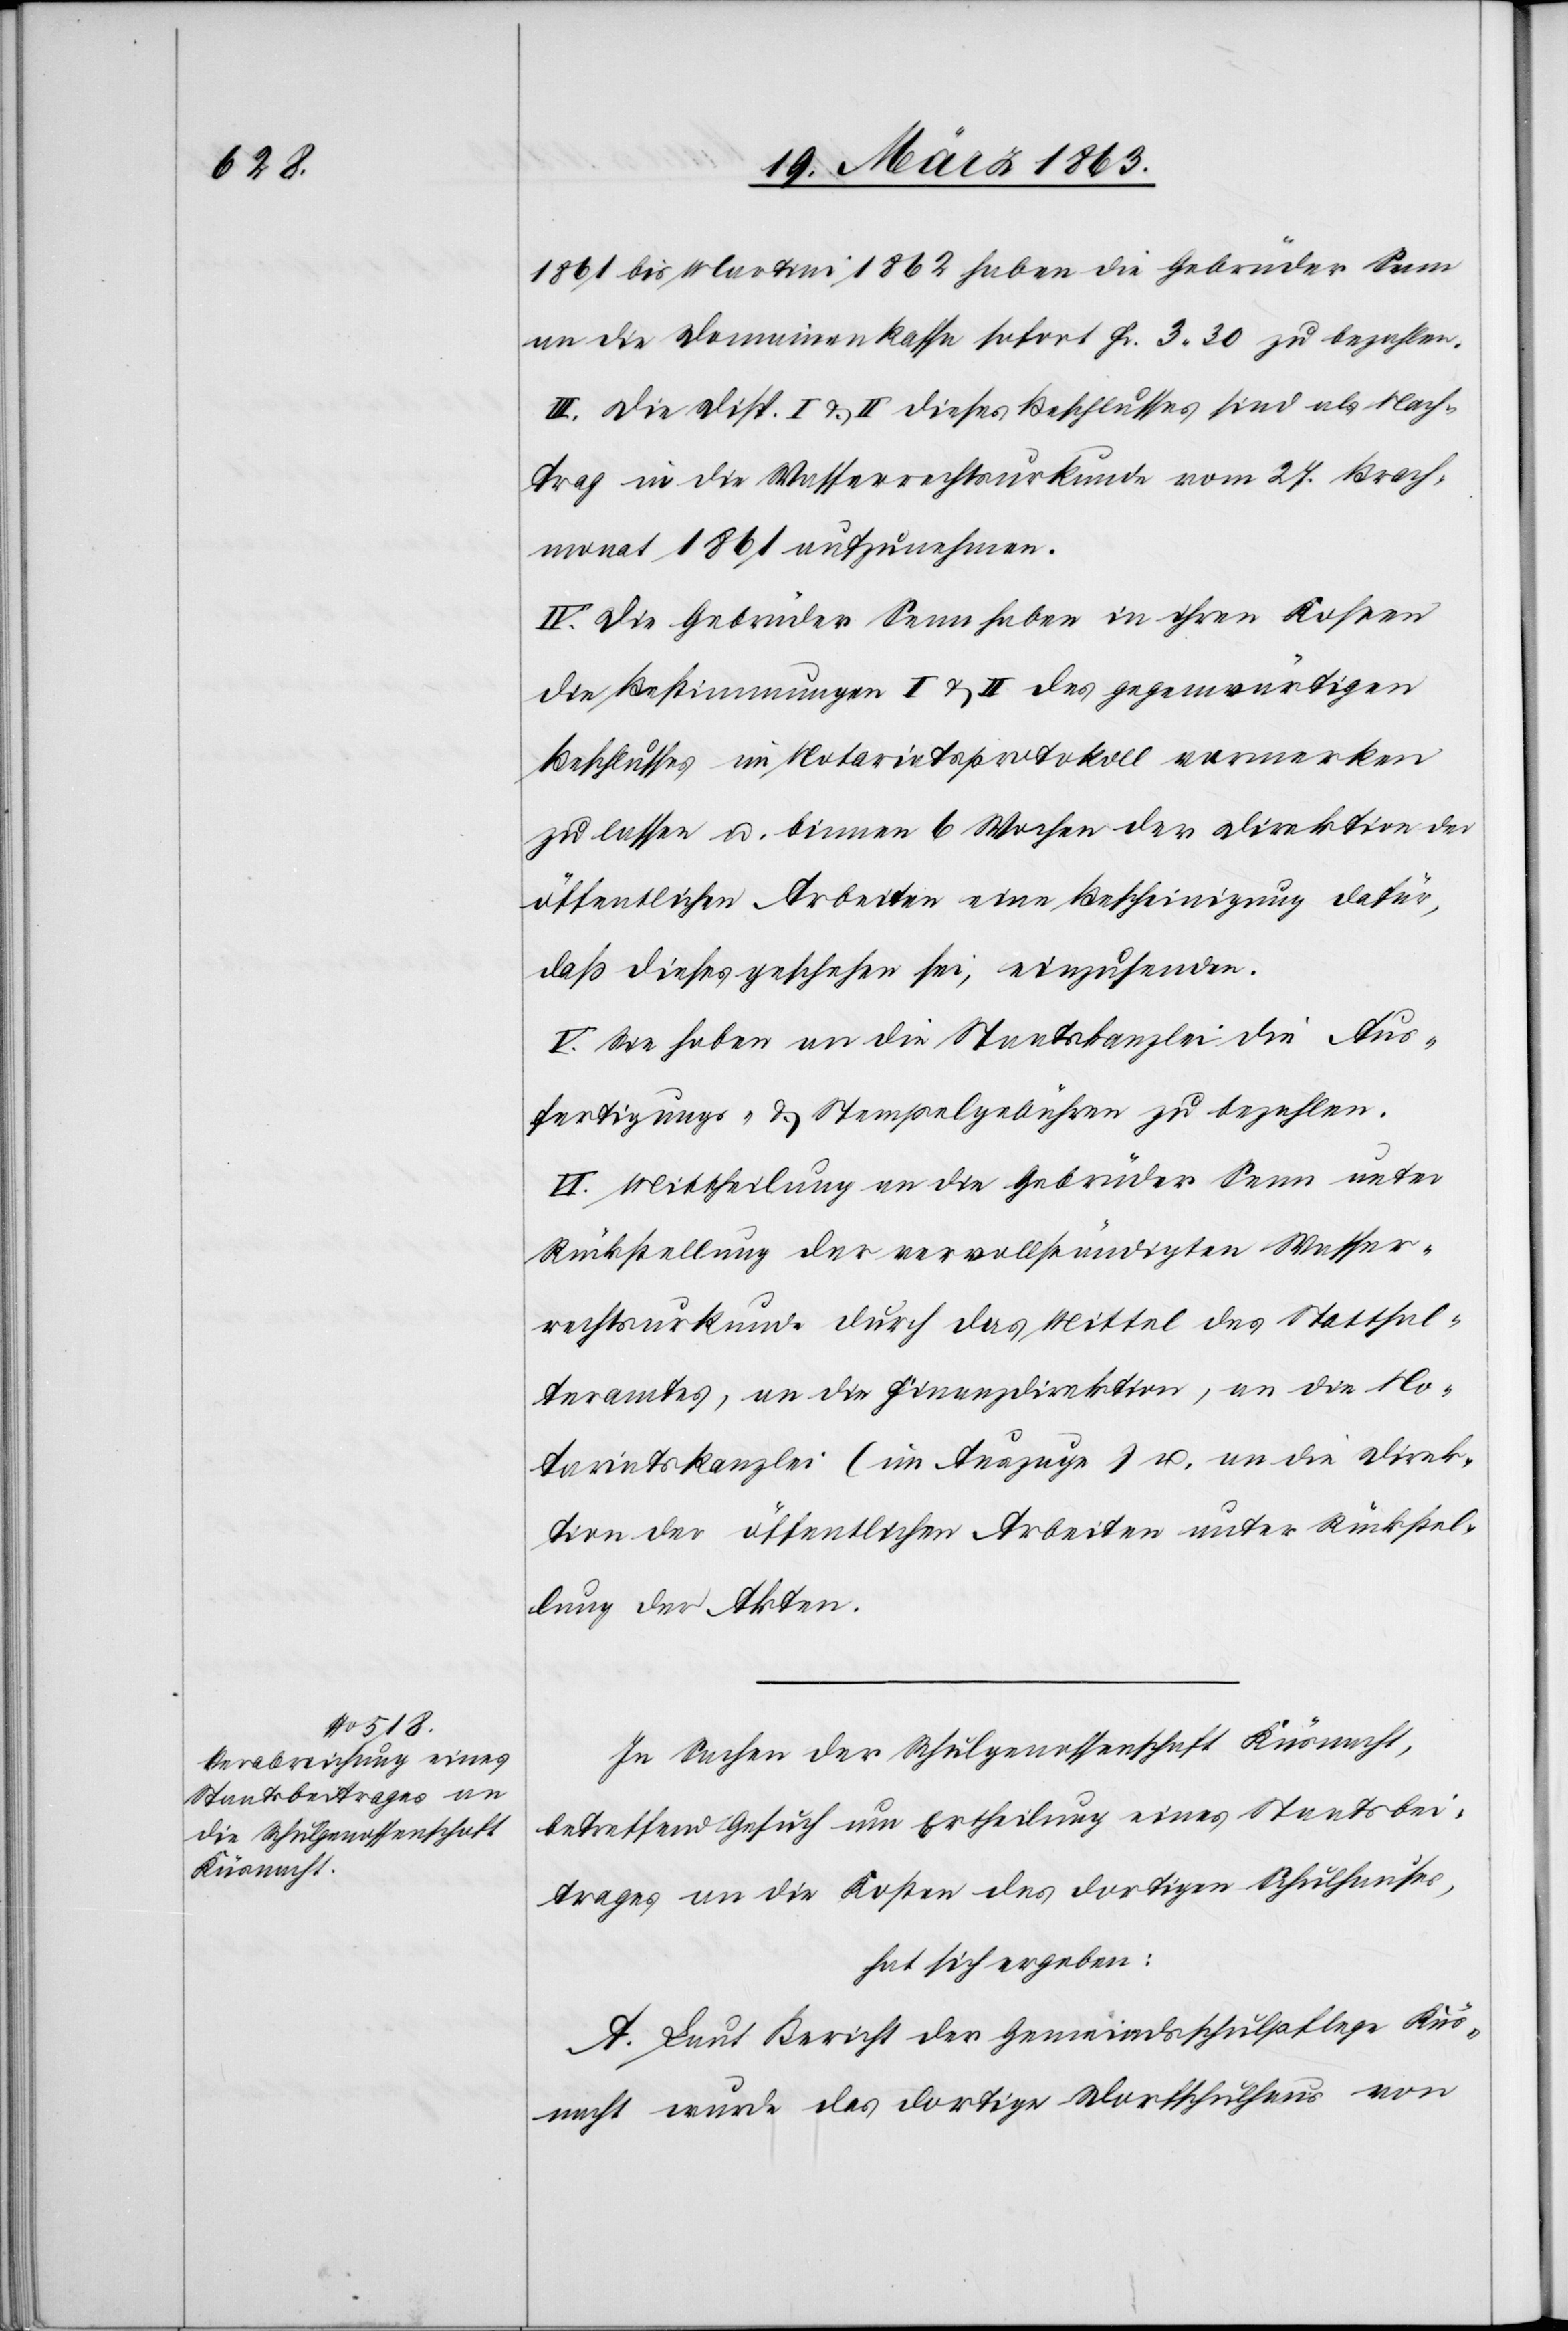
1861 bis Martini 1862 haben die Gebrüder Senn
an die Domainenkasse sofort Fr. 3. 30 zu bezahlen.
III. Die Disp. I & II dieses Beschlusses sind als Nach¬
trag in die Wasserrechtsurkunde vom 27. Brach¬
monat 1861 aufzunehmen.
IV. Die Gebrüder Senn haben in ihren Kosten
die Bestimmungen I & II des gegenwärtigen
Beschlusses im Notariatsprotokoll vormerken
zu lassen u. binnen 6 Wochen der Direktion der
öffentlichen Arbeiten eine Bescheinigung dafür,
daß dieses geschehen sei, einzusenden.
V. Sie haben an die Staatskanzlei die Aus¬
fertigungs- & Stempelgebühren zu bezahlen.
VI. Mittheilung an die Gebrüder Senn unter
Rückstellung der vervollständigten Wasser¬
rechtsurkunde durch das Mittel des Statthal¬
teramtes, an die Finanzdirektion, an die No¬
tariatskanzlei (im Auszuge) u. an die Direk¬
tion der öffentlichen Arbeiten unter Rückstel¬
lung der Akten.
In Sachen der Schulgenossenschaft Küsnacht,
betreffend Gesuch um Ertheilung eines Staatsbei¬
trages an die Kosten des dortigen Schulhauses,
hat sich ergeben:
A. Laut Bericht der Gemeindsschulpflege Küs¬
nacht wurde das dortige Dorfschulhaus von